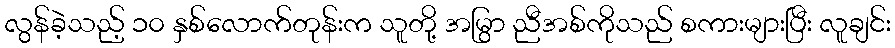
လွန်ခဲ့သည့် ၁၀ နှစ်လောက်တုန်းက သူတို့ အမြွာ ညီအစ်ကိုသည် စကားများပြီး လူချင်း